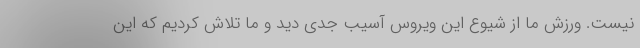
نیست. ورزش ما از شیوع این ویروس آسیب جدی دید و ما تلاش کردیم که این